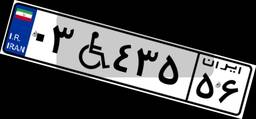
۹۹W۵۹۴۷۷